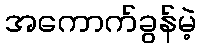
အကောက်ခွန်မဲ့